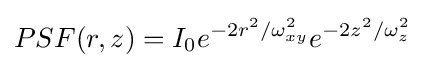
PSF(r,z)=I_{0}e^{-2r^{2}/\omega _{xy}^{2}}e^{-2z^{2}/\omega _{z}^{2}}